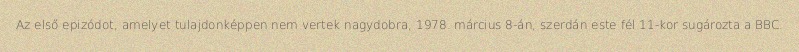
Az első epizódot, amelyet tulajdonképpen nem vertek nagydobra, 1978. március 8-án, szerdán este fél 11-kor sugározta a BBC.